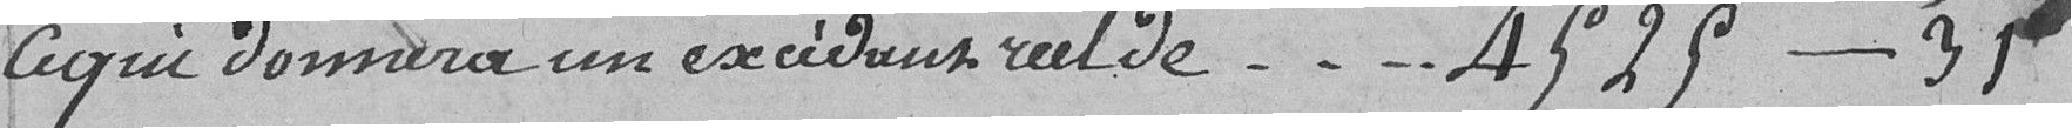
ce qui donnera un excédant réel de......... 4.525---31